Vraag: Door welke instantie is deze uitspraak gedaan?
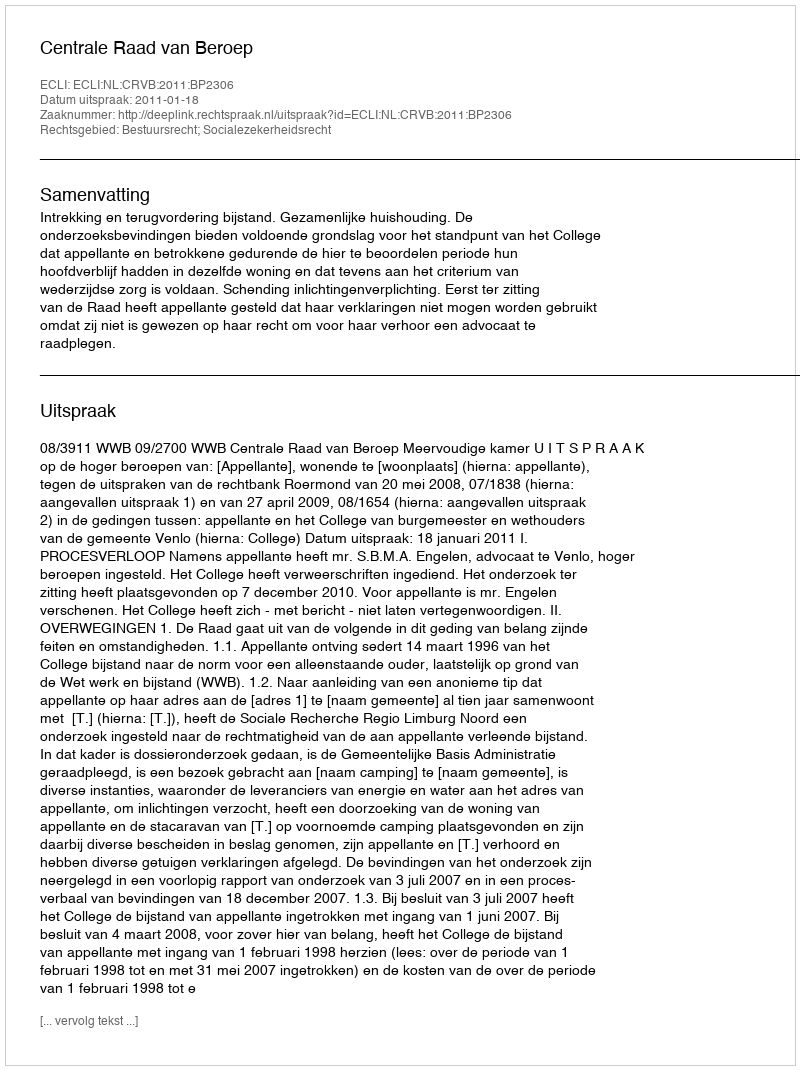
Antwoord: Centrale Raad van Beroep